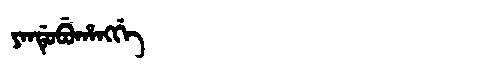
Manchu: ᠶᠠᠨᡩᡠᠪᡠᡥᠠᠩᡤᡝ
Romanization: YANDUBUHANGGE